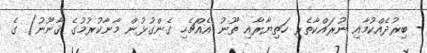
- ބިރުދެއްކުމާއި ނުރައްކާތެރި ހަތިޔާރާއި ތޫނު އެއްޗެހި ގެންގުޅުން މާނާކުރުމުގެ ޤާނޫނު) ގެ